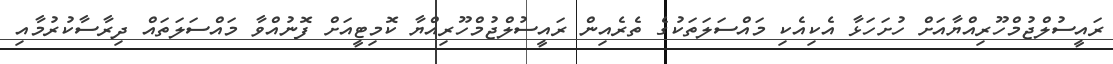
ރައީސުލްޖުމްހޫރިއްޔާއަށް ހުށަހަޅާ އެކިއެކި މައްސަލަތަކުގެ ތެރެއިން ރައީސުލްޖުމްހޫރިއްޔާ ކޮމިޓީއަށް ފޮނުއްވާ މައްސަލަތައް ދިރާސާކުރުމާއި